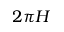
2 \pi H